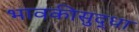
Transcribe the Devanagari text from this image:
भावकीसुद्धा